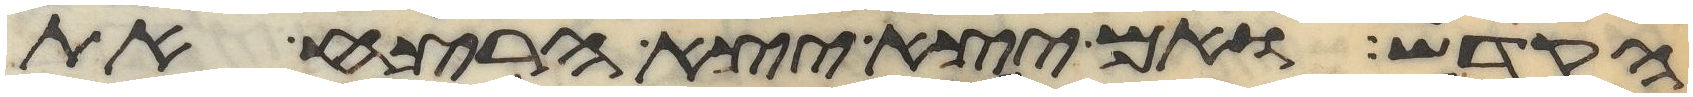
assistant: הקדש ואם יצא יצא הרצח את